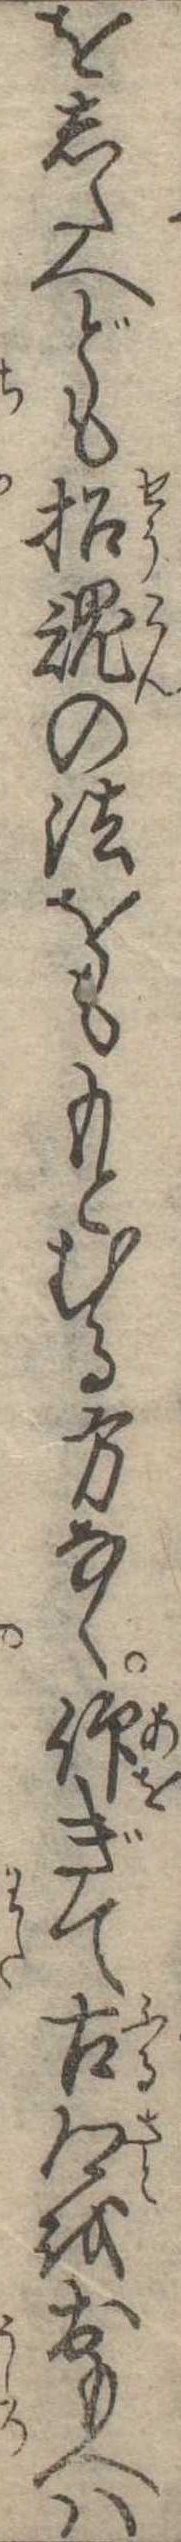
をしたへども招魂の法をももとむる方なく仰ぎて古郷をおもへは